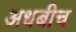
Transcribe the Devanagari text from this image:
अधबीच